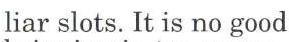
liar slots. It is no good